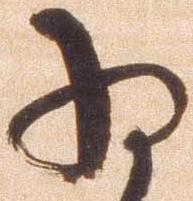
将